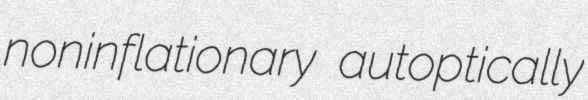
noninflationary autoptically